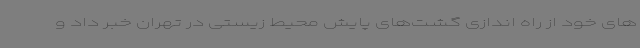
های خود از راه اندازی گشت‌های پایش محیط زیستی در تهران خبر داد و